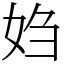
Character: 㛀